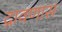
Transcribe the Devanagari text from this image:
द्रावणास